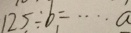
1 2 5 \div b = \cdots \dot { a }